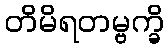
တိမိရတမ္ဗက္ခိ